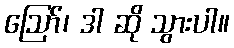
ဪ၊ ဒါ ဆို သွားပါ။